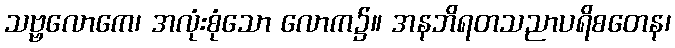
သဗ္ဗလောကေ၊ အလုံးစုံသော လောက၌။ အနဘိရတသညာပရိစတေန၊